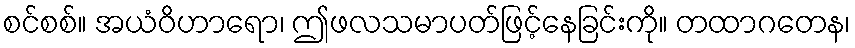
စင်စစ်။ အယံဝိဟာရော၊ ဤဖလသမာပတ်ဖြင့်နေခြင်းကို။ တထာဂတေန၊